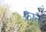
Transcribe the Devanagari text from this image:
फ्राते